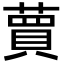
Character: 蕒